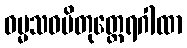
ဓမ္မသဝပိတုတ္ထေရဂါထာ